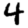
Digit: 4